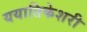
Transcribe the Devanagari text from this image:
ययातिकेशरी